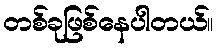
တစ်ခုဖြစ်နေပါတယ်။